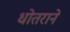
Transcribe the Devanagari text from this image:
धोतराने